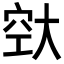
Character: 𪥔